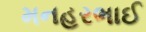
મનહરભાઈ